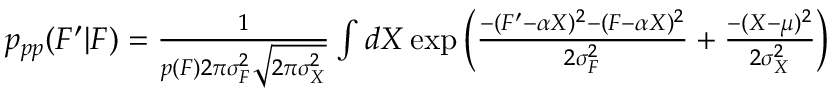
\begin{array} { r } { p _ { p p } ( F ^ { \prime } | F ) = \frac { 1 } { p ( F ) 2 \pi \sigma _ { F } ^ { 2 } \sqrt { 2 \pi \sigma _ { X } ^ { 2 } } } \int d X \exp \left( \frac { - ( F ^ { \prime } - \alpha X ) ^ { 2 } - ( F - \alpha X ) ^ { 2 } } { 2 \sigma _ { F } ^ { 2 } } + \frac { - ( X - \mu ) ^ { 2 } } { 2 \sigma _ { X } ^ { 2 } } \right) } \end{array}